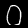
Digit: 0